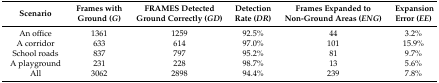
<table><thead><tr><td><b>Scenario</b></td><td><b>Frames with Ground (<i>G</i>)</b></td><td><b>FRAMES Detected Ground Correctly (<i>GD</i>)</b></td><td><b>Detection Rate (<i>DR</i>)</b></td><td><b>Frames Expanded to Non-Ground Areas (<i>ENG</i>)</b></td><td><b>Expansion Error (<i>EE</i>)</b></td></tr></thead><tbody><tr><td>An office</td><td>1361</td><td>1259</td><td>92.5%</td><td>44</td><td>3.2%</td></tr><tr><td>A corridor</td><td>633</td><td>614</td><td>97.0%</td><td>101</td><td>15.9%</td></tr><tr><td>School roads</td><td>837</td><td>797</td><td>95.2%</td><td>81</td><td>9.7%</td></tr><tr><td>A playground</td><td>231</td><td>228</td><td>98.7%</td><td>13</td><td>5.6%</td></tr><tr><td>All</td><td>3062</td><td>2898</td><td>94.4%</td><td>239</td><td>7.8%</td></tr></tbody></table>